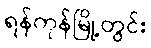
ရန်ကုန်မြို့တွင်း